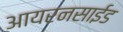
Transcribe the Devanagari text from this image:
आयरनसाईड